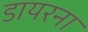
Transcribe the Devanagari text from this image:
डायरना